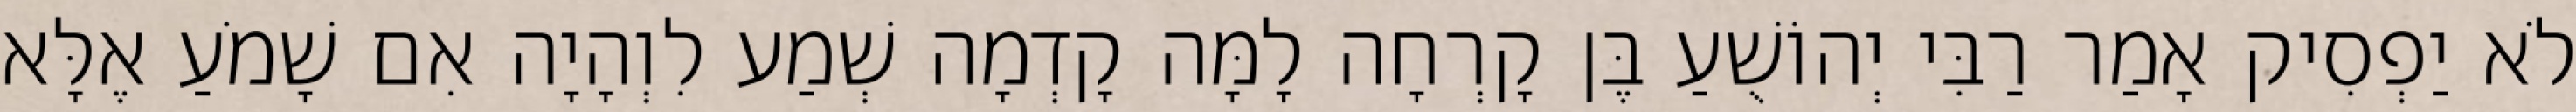
לֹא יַפְסִיק אָמַר רַבִּי יְהוֹשֻׁעַ בֶּן קָרְחָה לָמָּה קָדְמָה שְׁמַע לִוְהָיָה אִם שָׁמֹעַ אֶלָּא